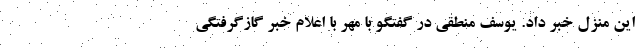
این منزل خبر داد. یوسف منطقی در گفتگو با مهر با اعلام خبر گازگرفتگی